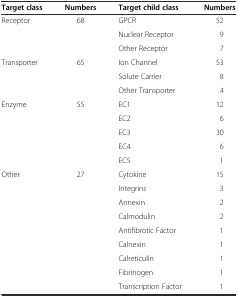
<table><thead><tr><td><b>Target class</b></td><td><b>Numbers</b></td><td><b>Target child class</b></td><td><b>Numbers</b></td></tr></thead><tbody><tr><td>Receptor</td><td>68</td><td>GPCR</td><td>52</td></tr><tr><td></td><td></td><td>Nuclear Receptor</td><td>9</td></tr><tr><td></td><td></td><td>Other Receptor</td><td>7</td></tr><tr><td>Transporter</td><td>65</td><td>Ion Channel</td><td>53</td></tr><tr><td></td><td></td><td>Solute Carrier</td><td>8</td></tr><tr><td></td><td></td><td>Other Transporter</td><td>4</td></tr><tr><td>Enzyme</td><td>55</td><td>EC1</td><td>12</td></tr><tr><td></td><td></td><td>EC2</td><td>6</td></tr><tr><td></td><td></td><td>EC3</td><td>30</td></tr><tr><td></td><td></td><td>EC4</td><td>6</td></tr><tr><td></td><td></td><td>EC5</td><td>1</td></tr><tr><td>Other</td><td>27</td><td>Cytokine</td><td>15</td></tr><tr><td></td><td></td><td>Integrins</td><td>3</td></tr><tr><td></td><td></td><td>Annexin</td><td>2</td></tr><tr><td></td><td></td><td>Calmodulin</td><td>2</td></tr><tr><td></td><td></td><td>Antifibrotic Factor</td><td>1</td></tr><tr><td></td><td></td><td>Calnexin</td><td>1</td></tr><tr><td></td><td></td><td>Calreticulin</td><td>1</td></tr><tr><td></td><td></td><td>Fibrinogen</td><td>1</td></tr><tr><td></td><td></td><td>Transcription Factor</td><td>1</td></tr></tbody></table>